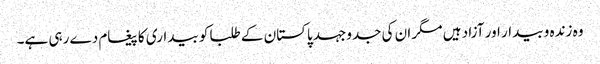
وہ زندہ و بیدار اور آزاد ہیں مگر ان کی جدوجہد پاکستان کے طلبا کو بیداری کا پیغام دے رہی ہے۔